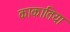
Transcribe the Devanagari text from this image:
काकातिया